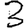
Digit: 3